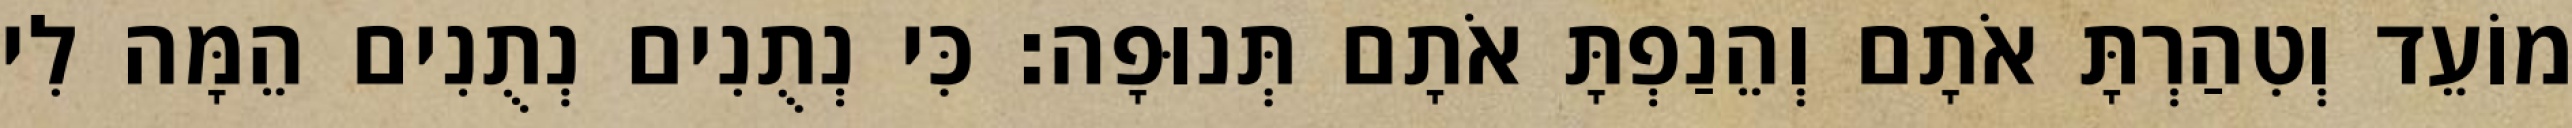
מוֹעֵד וְטִהַרְתָּ אֹתָם וְהֵנַפְתָּ אֹתָם תְּנוּפָה׃ כִּי נְתֻנִים נְתֻנִים הֵמָּה לִי